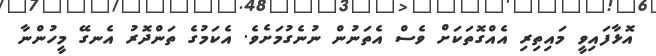
އޮޅާފައިވީ މައިތިރި އެއްގޮތަކަށް ވެސް އެތަނުން ނުނެގުމަށެވެ. އެކަމުގެ ތަންދޮރު އެނގޭ މީހުންނާ